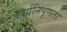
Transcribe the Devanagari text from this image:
कार्यनिपुणता